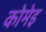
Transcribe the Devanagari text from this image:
कोमेइ